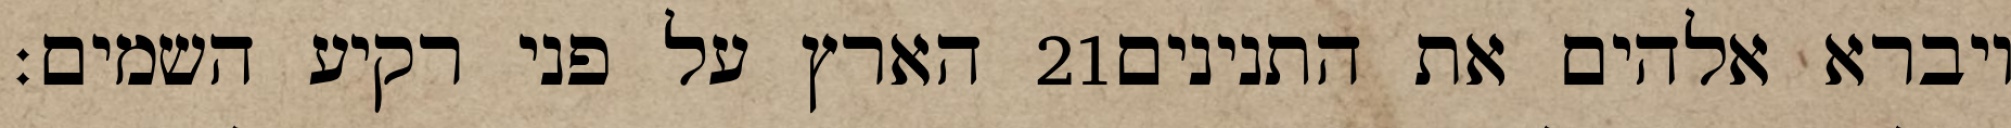
הארץ על פני רקיע השמים׃ ‎21‏ ויברא אלהים את התנינים